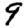
Digit: 9